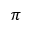
\pi